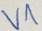
Text: V1